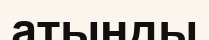
атыңды